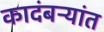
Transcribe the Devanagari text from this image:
कादंबऱ्यांत